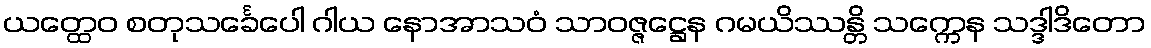
ယတ္ထေဝ စတုသင်္ခေပေါ ဂါယ နောအာသဝံ သာဝဇ္ဇဋ္ဌေန ဂမယိဿန္တိ သက္ကေန သဒ္ဒါဒိတော